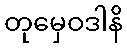
တုမှေဝဒါနိ